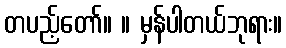
တပည့်တော်။ ။ မှန်ပါတယ်ဘုရား။